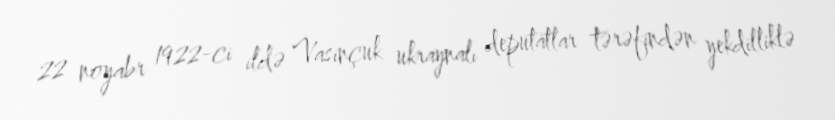
22 noyabr 1922-ci ildə Vasinçuk ukraynalı deputatlar tərəfindən yekdilliklə